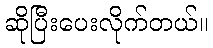
ဆိုပြီးပေးလိုက်တယ်။